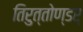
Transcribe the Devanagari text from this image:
तिरुत्तोण्डर्